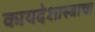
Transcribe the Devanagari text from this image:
कायदेशास्त्राचा